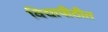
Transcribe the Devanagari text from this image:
विद्यापीठीत